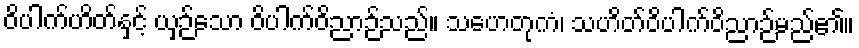
ဝိပါက်ဟိတ်နှင့် ယှဉ်သော ဝိပါက်ဝိညာဉ်သည်။ သဟေတုကံ၊ သဟိတ်ဝိပါက်ဝိညာဉ်မည်၏။